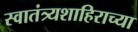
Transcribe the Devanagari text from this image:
स्वातंत्र्यशाहिराच्या